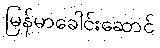
မြန်မာခေါင်းဆောင်